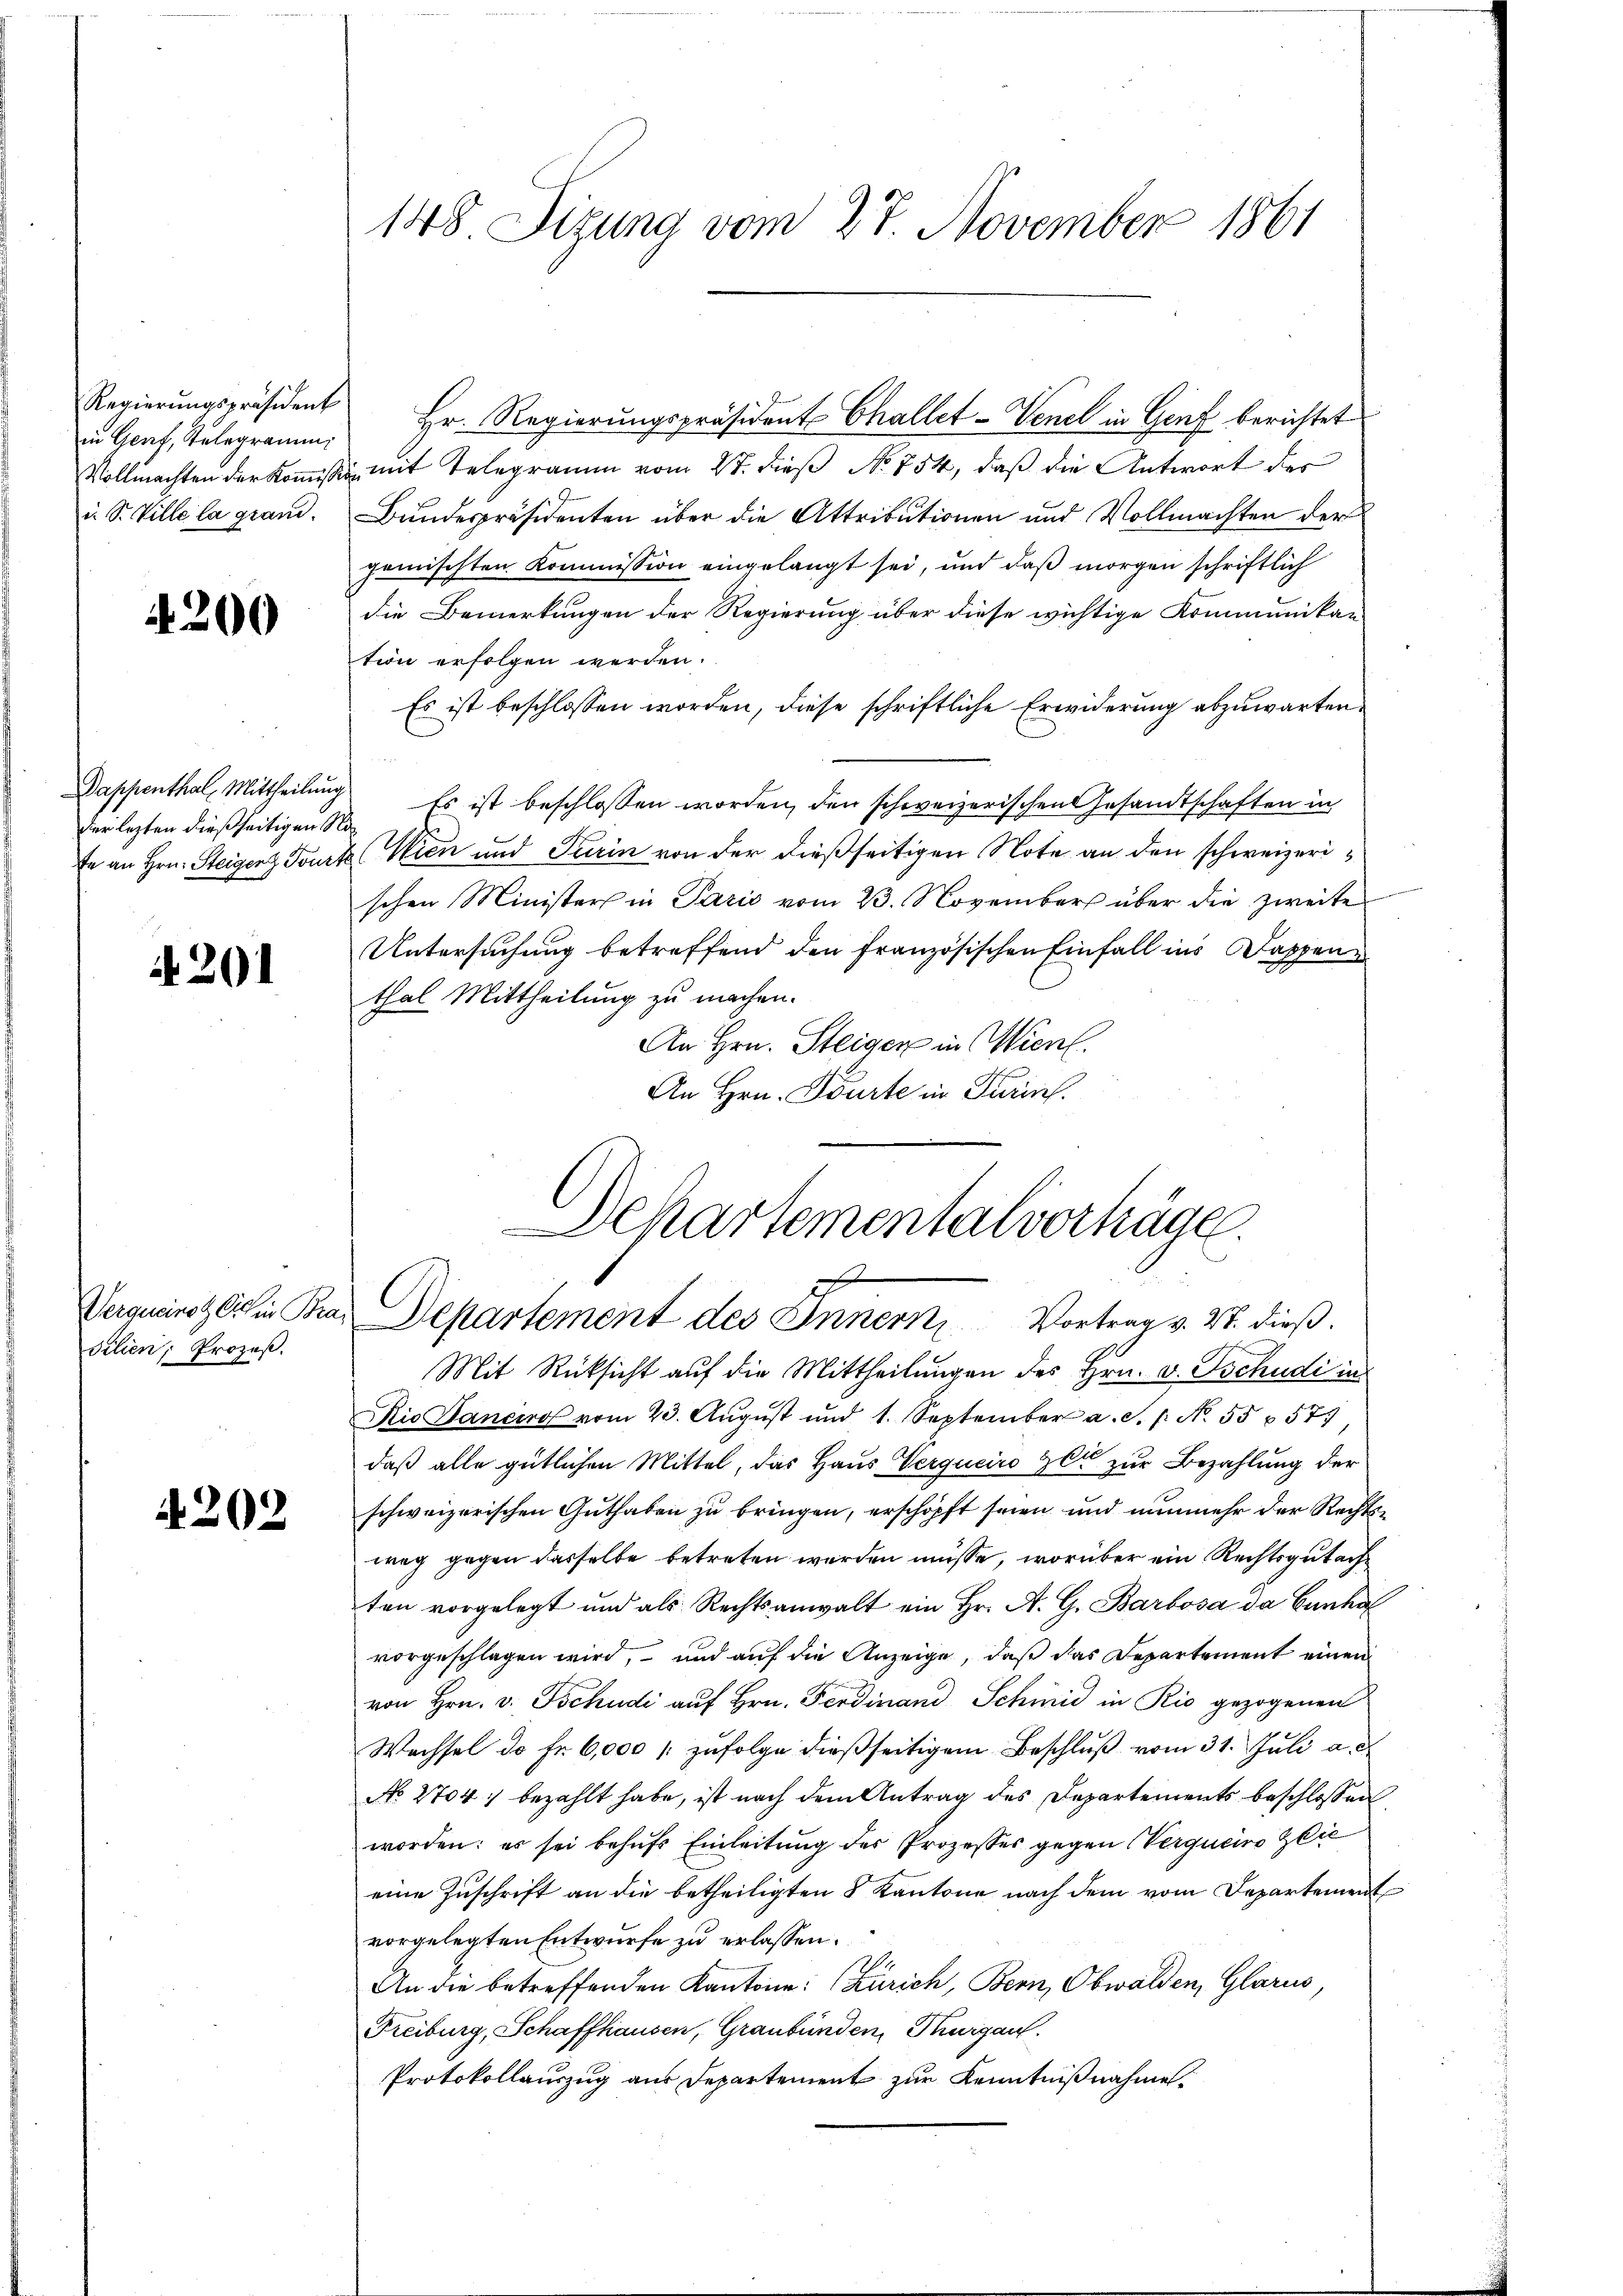
in Genf, Telegramm
i. S. Ville la grand.

200

der lezten dießseitigen No¬

4201

silien, Prozeß.

4202

148 Sizung vom 27. November 1861

Mit Rücksicht auf die Mittheilungen des Hrn. v. Tschudi in
Rio Janeiro vom 23. Aŭgŭst und 1. September a. S. 1. No. 55 § 57
daß alle gütlichen Mittel, das Haus Vergucire er zur Bezahlung der
schweizerischen Guthaben zu bringen, erschöpft seien und nunmehr der Rechtsweg gegen dasselbe betreten werden müsse, worüber ein Rechtsgutachten vorgelegt und als Rechtsanwalt ein Hr. A. G. Barbosa da Gunhal
vorgeschlagen wird, – und auf die Anzeige, daß das Departement einen
von Hrn. v. Tschudi auf Hrn. Ferdinand Schmid in Rio gezogenen
Wachsel de fr. 6,000 zufolge dießseitigem Beschluß vom 31. Juli a. d
No 2704. bezahlt habe, ist nach dem Antrag des Departements beschlossen
worden: es sei behufs Einleitung des Prozesses gegen Verqueiro lie
eine Zuschrift an die betheiligten 8 Kantone nach dem vom Departement
vorgelegten Entwurfe zu erlassen.
An die betreffenden Kantone: Zürich, Bern, Obwalden, Glarus,
Freiburg, Schaffhausen, Graubünden, Thurgau.
Protokollauszug aus Departement zur Kenntnißnahme

Regierungspräsident Hr. Regierungspräsident Challet-Venel in Genf berichtet
Vollmachten der Kommission mit Telegramm vom 27. dieß No. 754, daß die Antwort des
Bundespräsidenten über die Attributionen und Vollmachten der
gemischten Kommission eingelangt sei, und daß morgen schriftlich
die Bemerkungen der Regierung über diese wichtige Kommunikan
tion erfolgen werden.
Es ist beschlossen worden, diese schriftliche Erwiderung abzuwarten,
Dappenthal, Mittheilung. Es ist beschlossen worden, den schweizerischen Gesandtschaften in
fe an Hrn. Steigenz Tourt (Wien und Turin von der dießseitigen Note an den schweizerischen Minister in Paris vom 23. November über die zweite
Untersuchung betreffend den französischen Einfall ins Dappen
thal Mittheilung zu machen.
An Hrn. Steigen in Wien.
An Hrn. Tourte in Turins.

Departementalverhäge
C
Vergeirst Chine Bras Departement des Innern, Vortrag v. M. dieß.